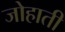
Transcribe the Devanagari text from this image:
जोहाती